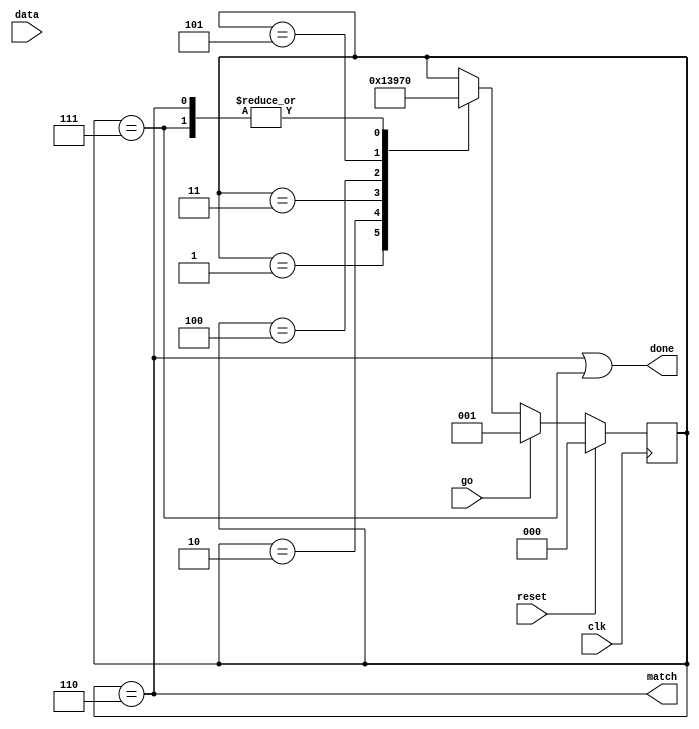
//
// Copyright 2011 Ettus Research LLC
//




module address_filter_promisc
  (input clk,
   input reset,
   input go,
   input [7:0] data,
   output match,
   output done);

   reg [2:0] af_state;

   always @(posedge clk)
     if(reset)
       af_state     <= 0;
     else
       if(go)
	 af_state <= 1;//(data[0] == 1'b0) ? 1 : 7;
       else
	 case(af_state)
	   1 : af_state <= 2;
	   2 : af_state <= 3;
	   3 : af_state <= 4;
	   4 : af_state <= 5;
	   5 : af_state <= 6;
	   6, 7 : af_state <= 0;
	 endcase // case (af_state)

   assign match  = (af_state==6);
   assign done 	 = (af_state==6)|(af_state==7);
   
endmodule // address_filter_promisc